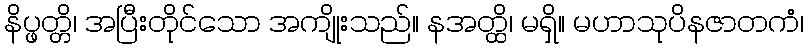
နိပ္ဖတ္တိ၊ အပြီးတိုင်သော အကျိုးသည်။ နအတ္ထိ၊ မရှိ။ မဟာသုပိနဇာတကံ၊